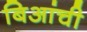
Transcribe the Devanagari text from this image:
बिआंची